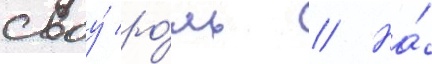
своу́ ро́ль // На́